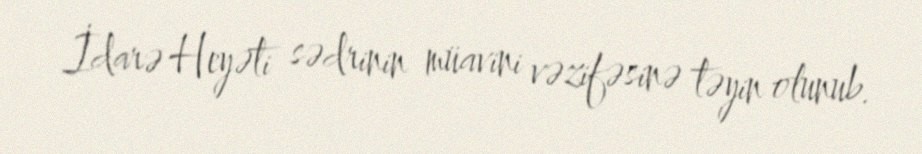
İdarə Heyəti sədrinin müavini vəzifəsinə təyin olunub.